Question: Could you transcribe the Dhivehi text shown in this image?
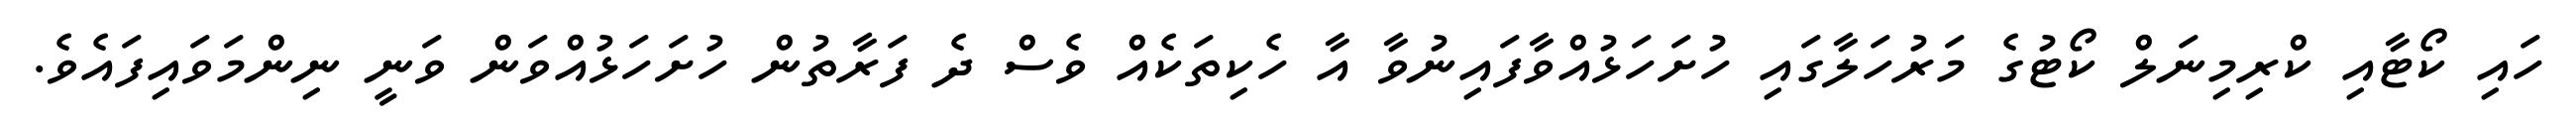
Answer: ހައި ކޯޓާއި ކްރިމިނަލް ކޯޓުގެ މަރުހަލާގައި ހުށަހަޅުއްވާފައިނުވާ އާ ހެކިތަކެއް ވެސް ދެ ފަރާތުން ހުށަހަޅުއްވަން ވަނީ ނިންމަވައިފައެވެ.